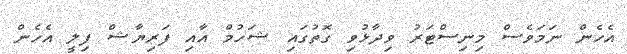
އެހެން ނަމަވެސް މިނިސްޓަރު ވިދާޅުވި ގޮތުގައި ޝަހުމް އާއި ފަރިޔާޝް ފިލީ އެހެން